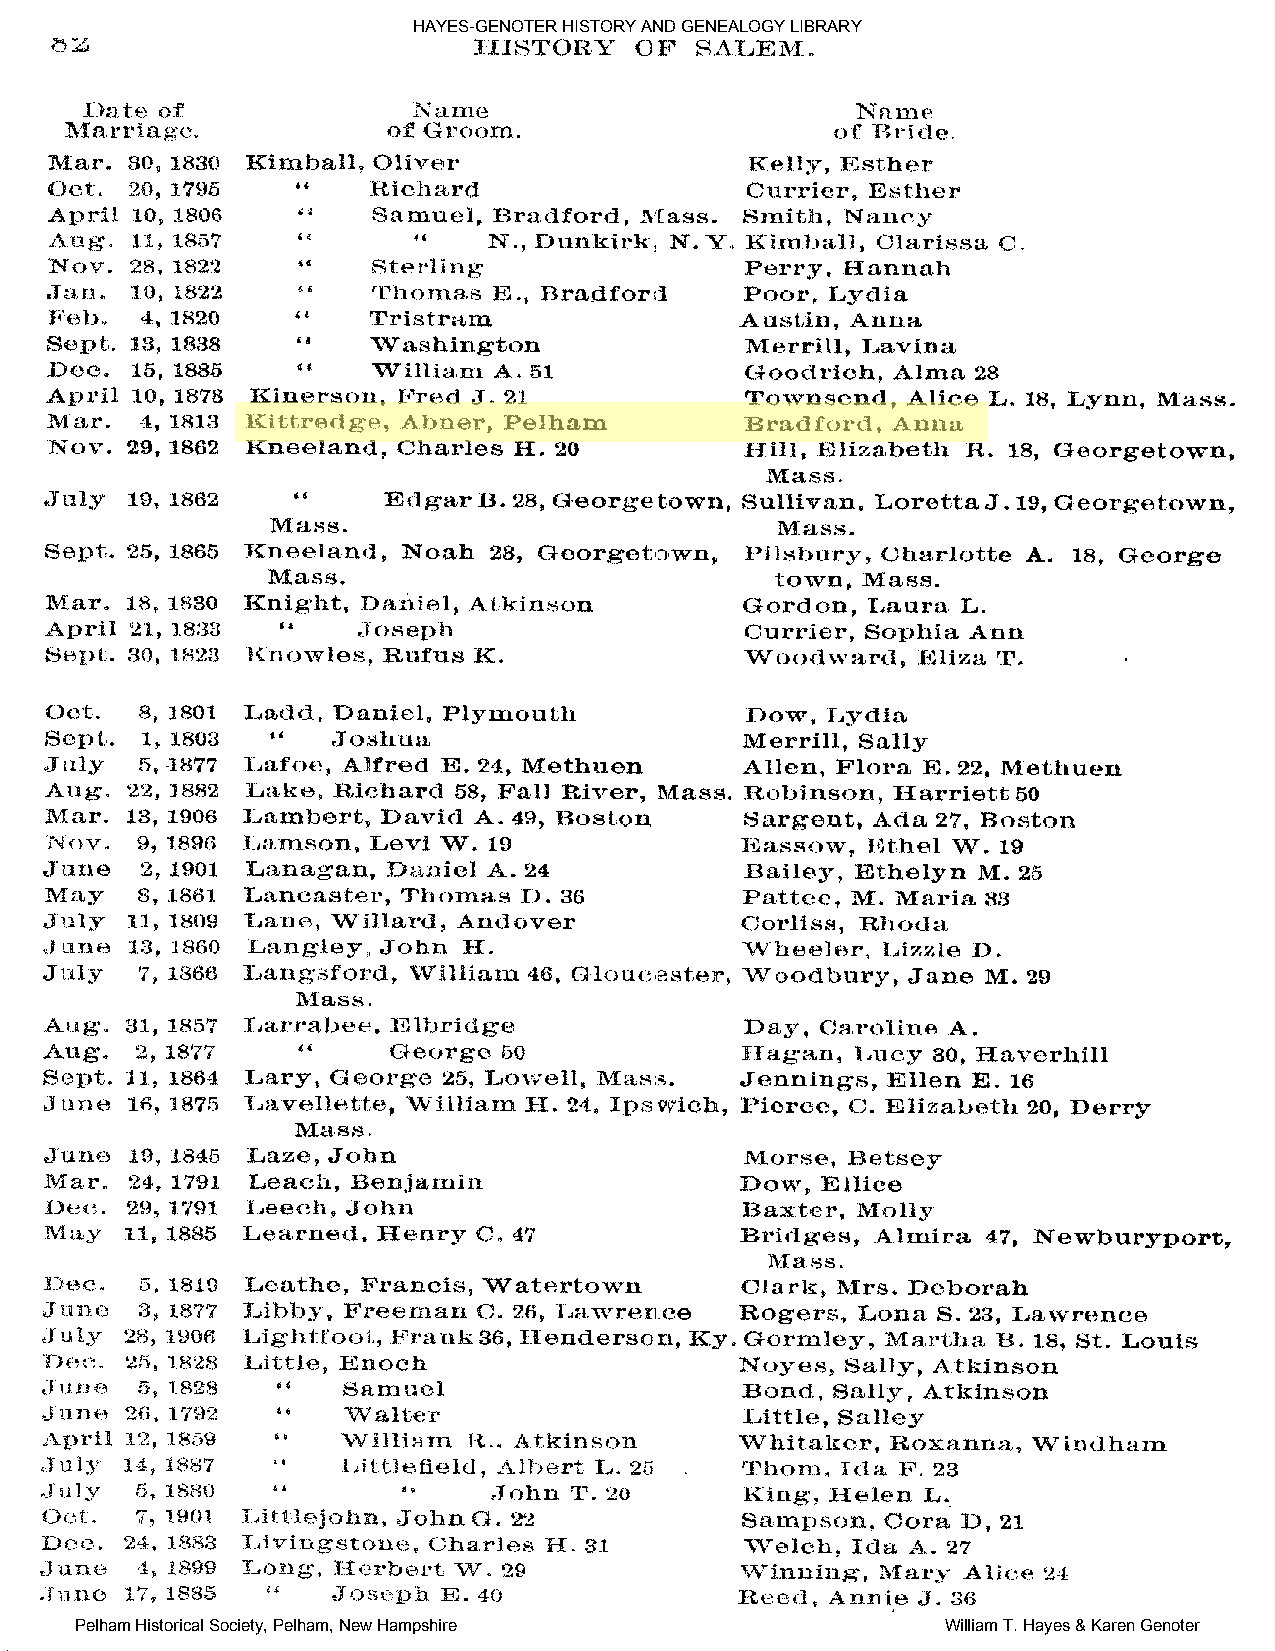
HAYES-GENOTER HISTORY AND GENEALOGY LIBRARY
 Pelham Historical Society, Pelham, New Hampshire          William T. Hayes & Karen Genoter